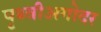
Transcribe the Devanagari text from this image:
पृथ्वीअगोदर